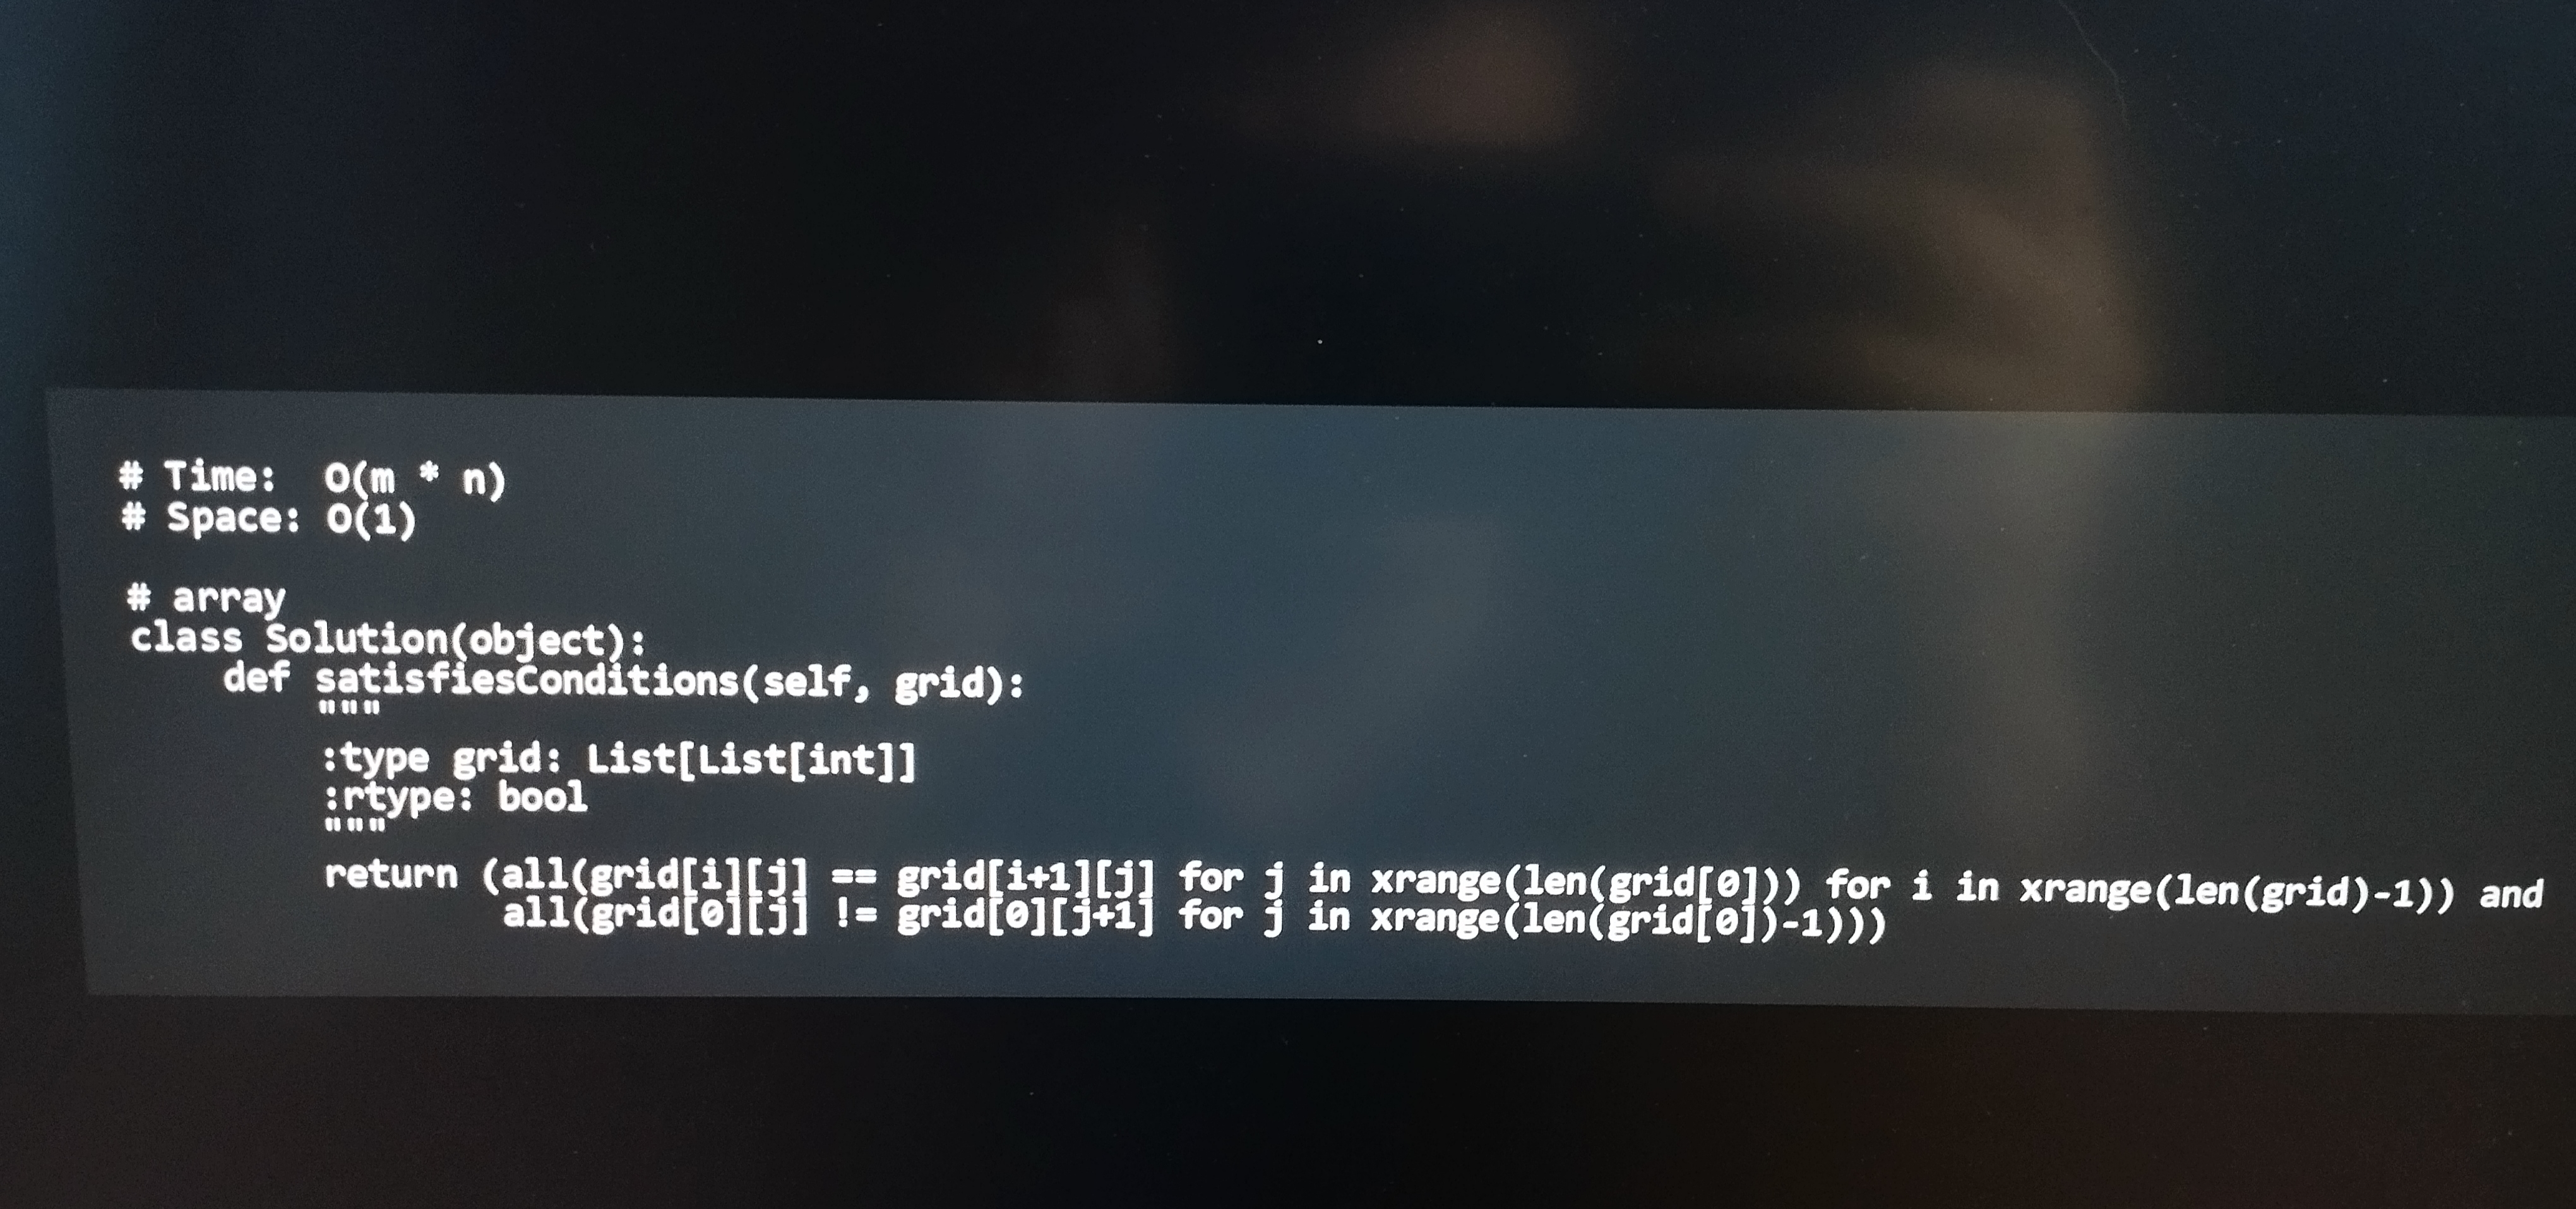
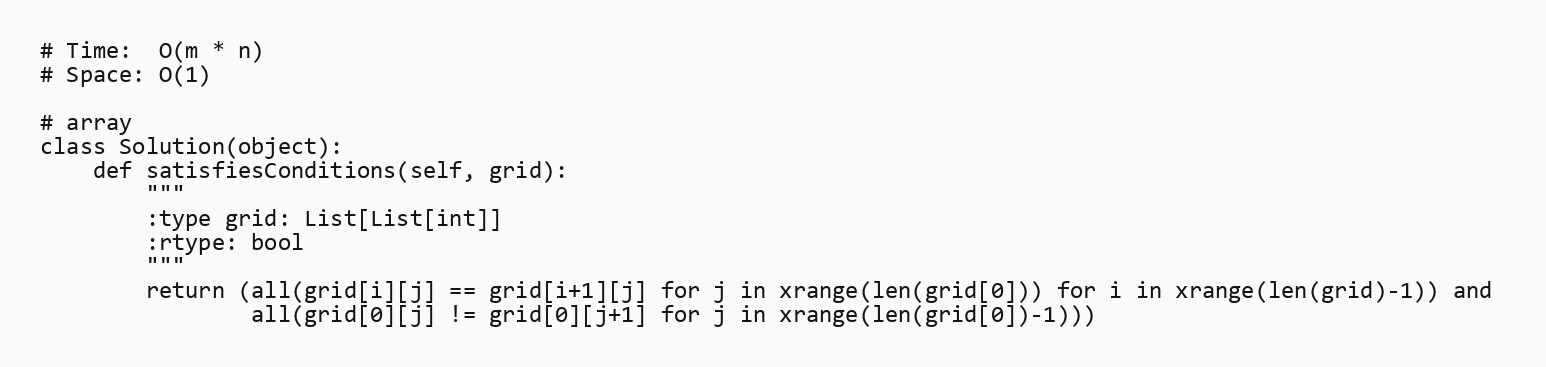
# Time:  O(m * n)
# Space: O(1)

# array
class Solution(object):
    def satisfiesConditions(self, grid):
        """
        :type grid: List[List[int]]
        :rtype: bool
        """
        return (all(grid[i][j] == grid[i+1][j] for j in xrange(len(grid[0])) for i in xrange(len(grid)-1)) and
                all(grid[0][j] != grid[0][j+1] for j in xrange(len(grid[0])-1)))